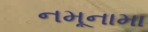
નમૂનામા